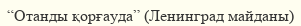
“Отанды қорғауда” (Ленинград майданы)